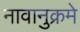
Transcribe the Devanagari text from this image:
नावानुक्रमे